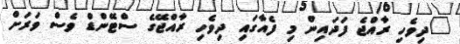
"ދިވެހި ރާއްޖެ ފަދައިން މި ފެއާގައި ދިވެހި ރާއްޖޭގެ ސްޓޭންޑް ވެސް ވަރަށް